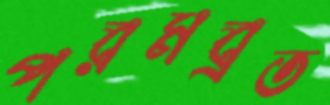
পরমব্রত